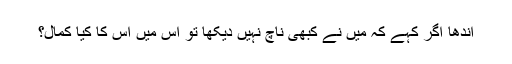
اندھا اگر کہے کہ میں نے کبھی ناچ نہیں دیکھا تو اس میں اس کا کیا کمال؟